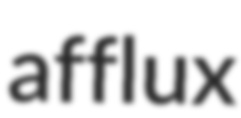
afflux